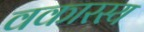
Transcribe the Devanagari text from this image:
वकारस्य